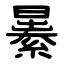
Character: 㬧